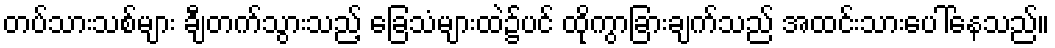
တပ်သားသစ်များ ချီတက်သွားသည့် ခြေသံများထဲ၌ပင် ထိုကွာခြားချက်သည် အထင်းသားပေါ်နေသည်။